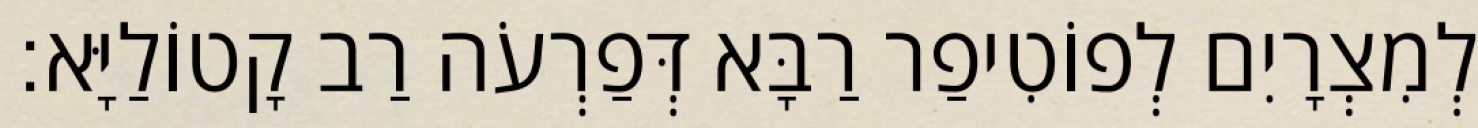
לְמִצְרָיִם לְפוֹטִיפַר רַבָּא דְּפַרְעֹה רַב קָטוֹלַיָּא׃